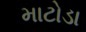
માટોડા